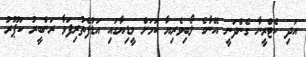
އަދި ކެޓްރީނާ ގެންދަނީ އޭނާގެ ލޯބިވެރިޔާ ކަމަށް މީޑިޔާގައި އަޑުފެތުރިފަވާ ރަންބީރު ކަޕޫރު